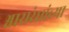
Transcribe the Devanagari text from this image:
श्वासरंध्रांच्या